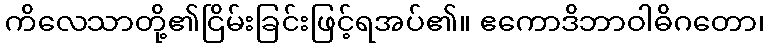
ကိလေသာတို့၏ငြိမ်းခြင်းဖြင့်ရအပ်၏။ ဧကောဒိဘာဝါဓိဂတော၊